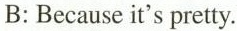
B: Because it's pretty.